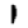
Digit: 1